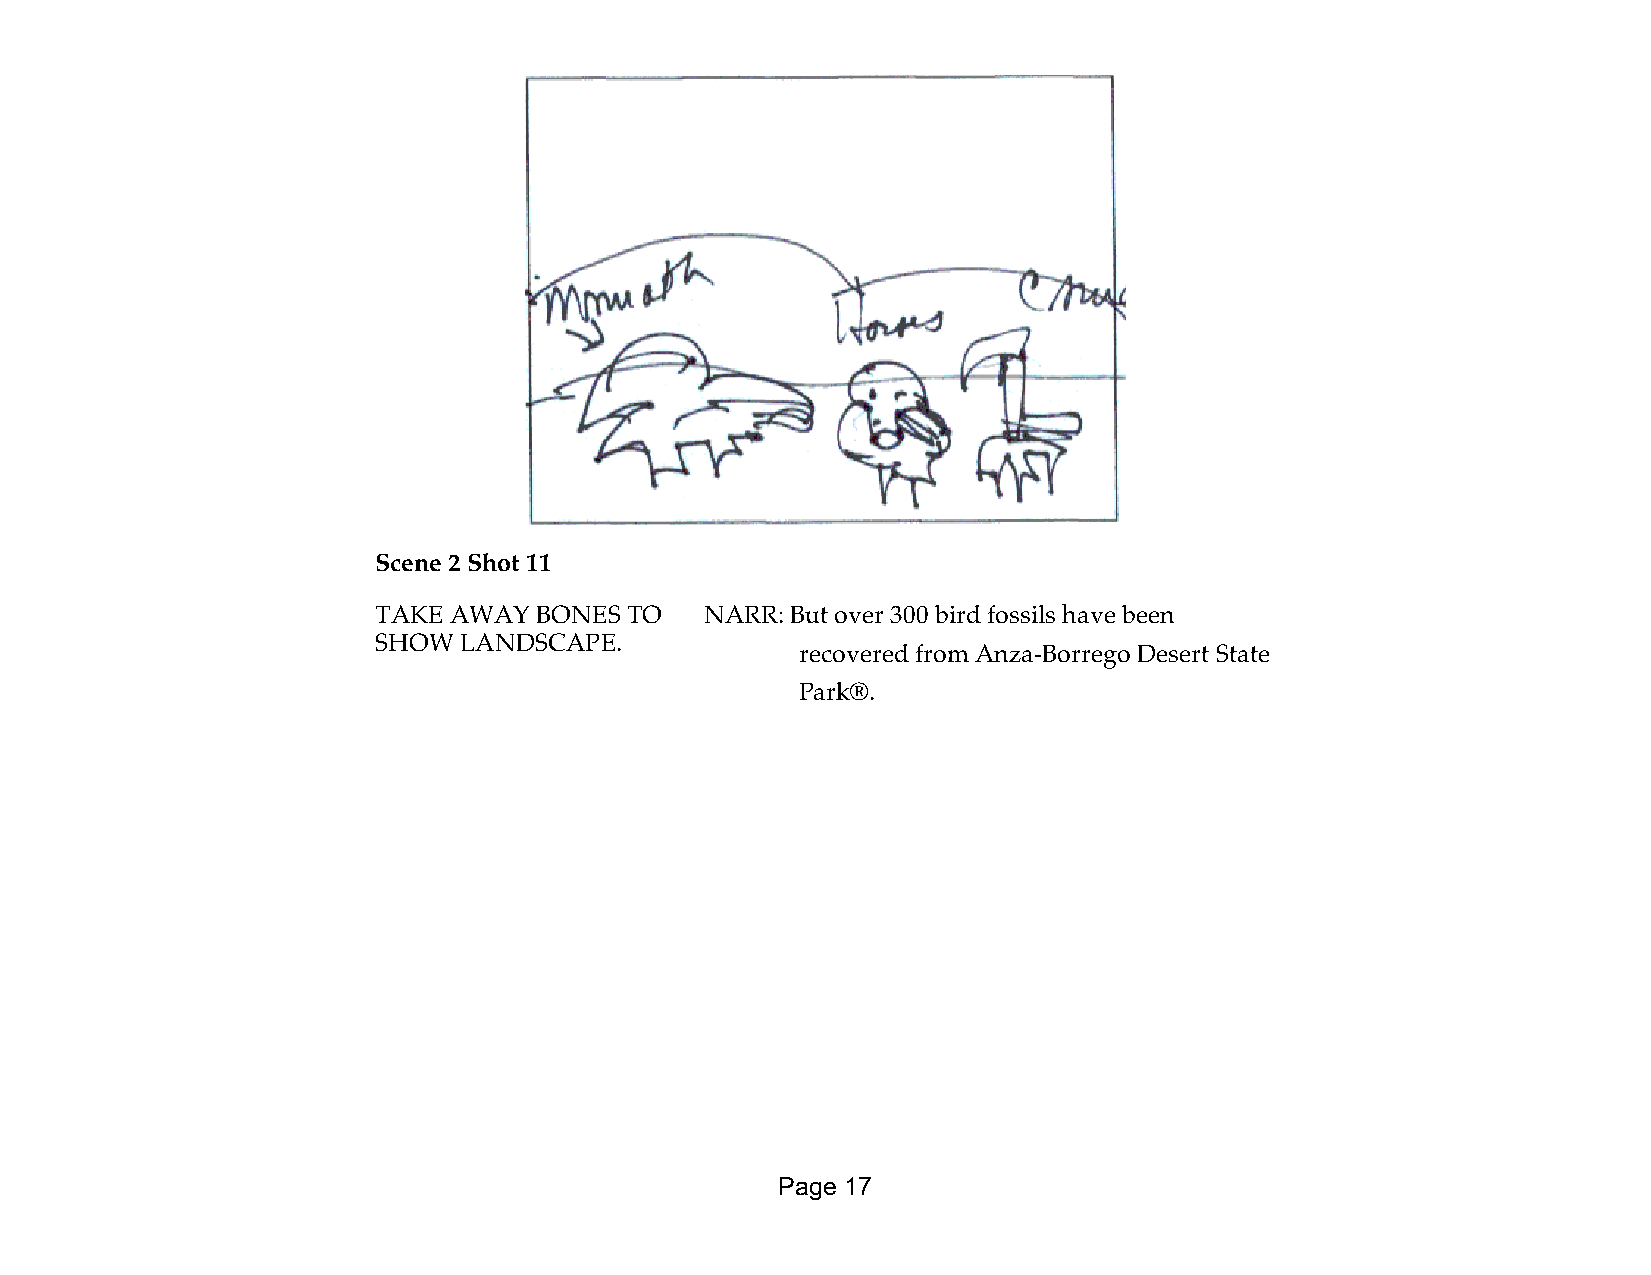
Scene 2 Shot 11
 TAKE AWAY  BONES TO   NARR: But over 300 bird fossils have been
 SHOW LANDSCAPE.
 recovered from Anza-Borrego Desert State
 Park®.
 Page 17